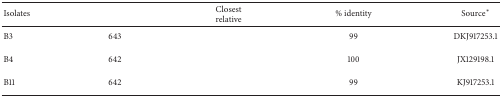
<table><thead><tr><td><b>Isolates</b></td><td>[EMPTY_CELL]</td><td><b>Closest relative</b></td><td><b>% identity</b></td><td><b>Source<sup><i>∗</i></sup></b></td></tr></thead><tbody><tr><td>B3</td><td>643</td><td>[EMPTY_CELL]</td><td>99</td><td>DKJ917253.1</td></tr><tr><td>B4</td><td>642</td><td>[EMPTY_CELL]</td><td>100</td><td>JX129198.1</td></tr><tr><td>B11</td><td>642</td><td>[EMPTY_CELL]</td><td>99</td><td>KJ917253.1</td></tr></tbody></table>